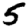
Digit: 5